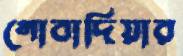
গোবাদিয়ার